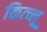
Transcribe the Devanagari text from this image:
कित्च्लू